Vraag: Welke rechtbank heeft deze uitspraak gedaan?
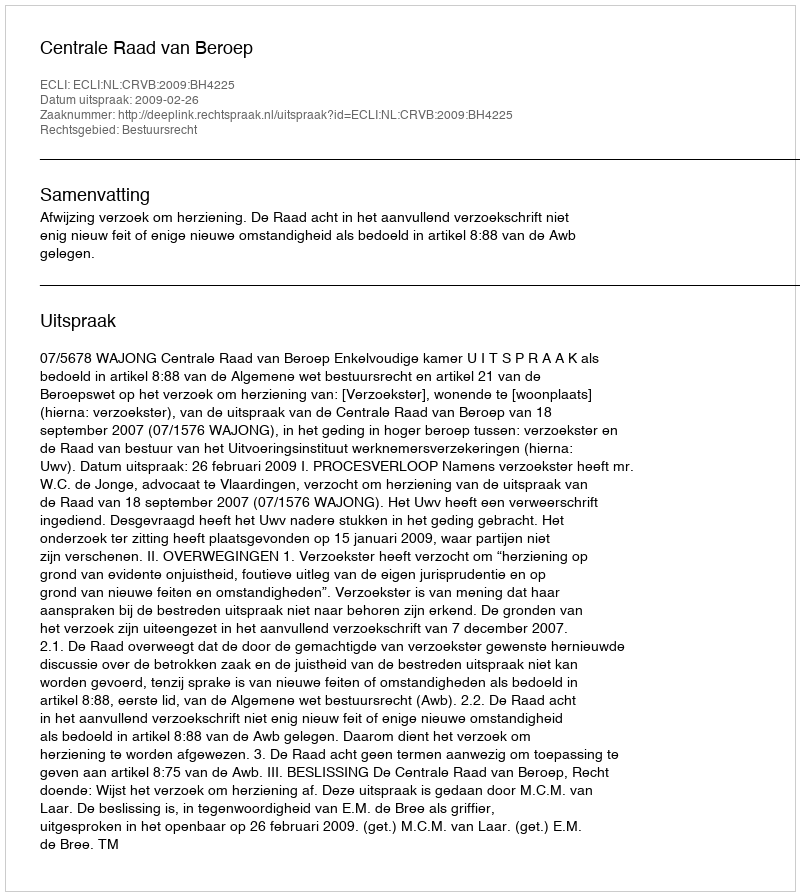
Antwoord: Centrale Raad van Beroep